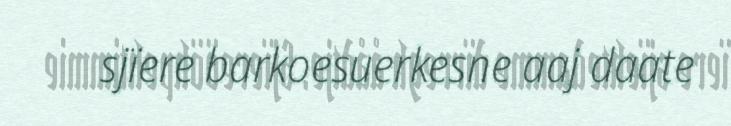
sjïere barkoesuerkesne aaj daate